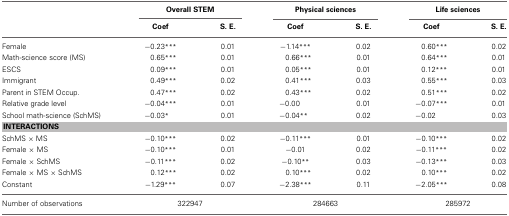
|  | <COLSPAN=2> Overall STEM | <COLSPAN=2> Physical sciences | <COLSPAN=2> Life sciences |
 |  | Coef | S. E. | Coef | S. E. | Coef | S. E. |
 | --- | --- | --- | --- | --- | --- | --- |
 | Female | −0.23*** | 0.01 | −1.14*** | 0.02 | 0.60*** | 0.02 |
 | Math-science score (MS) | 0.65*** | 0.01 | 0.66*** | 0.01 | 0.64*** | 0.01 |
 | ESCS | 0.09*** | 0.01 | 0.05*** | 0.01 | 0.12*** | 0.01 |
 | Immigrant | 0.49*** | 0.02 | 0.41*** | 0.03 | 0.55*** | 0.03 |
 | Parent in STEM Occup. | 0.47*** | 0.02 | 0.43*** | 0.02 | 0.51*** | 0.02 |
 | Relative grade level | −0.04*** | 0.01 | −0.00 | 0.01 | −0.07*** | 0.01 |
 | School math-science (SchMS) | −0.03* | 0.01 | −0.04** | 0.02 | −0.02 | 0.03 |
 | <COLSPAN=7> INTERACTIONS |
 | SchMS × MS | −0.10*** | 0.02 | −0.11*** | 0.01 | −0.10*** | 0.02 |
 | Female × MS | −0.10*** | 0.01 | −0.01 | 0.02 | −0.11*** | 0.02 |
 | Female × SchMS | −0.11*** | 0.02 | −0.10** | 0.03 | −0.13*** | 0.03 |
 | Female × MS × SchMS | 0.12*** | 0.02 | 0.10*** | 0.02 | 0.10*** | 0.02 |
 | Constant | −1.29*** | 0.07 | −2.38*** | 0.11 | −2.05*** | 0.08 |
 | Number of observations | <COLSPAN=2> 322947 | <COLSPAN=2> 284663 | <COLSPAN=2> 285972 |